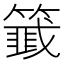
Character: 𬕵